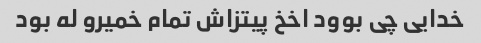
خدایی چی بوود اخخ پیتزاش تمام خمیرو له بود